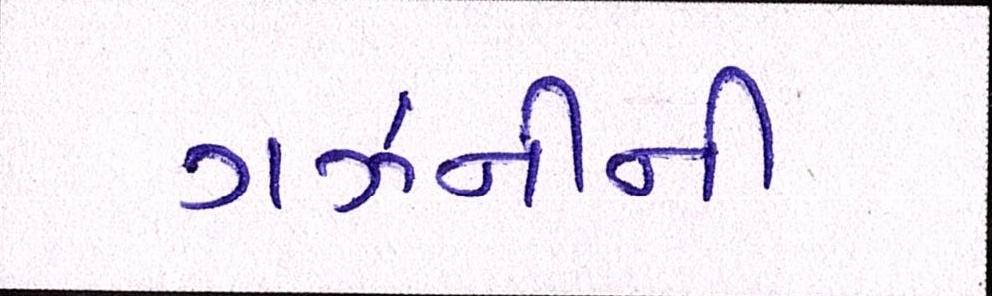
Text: ગઝનીની